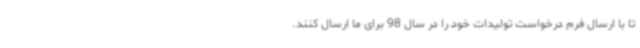
تا با ارسال فرم درخواست تولیدات خود را در سال 98 برای ما ارسال کنند.